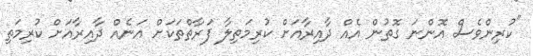
"ކުރިންވެސް އޮންނަ ގޮތުން އެއް ދާއިރާއަށް ކުރިމަތިލާ ފަރާތްތަކަށް އަނެއް ދާއިރާއަށް ކުރިމަތި